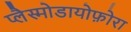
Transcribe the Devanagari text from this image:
प्लैस्मोडायोफ़ोरा